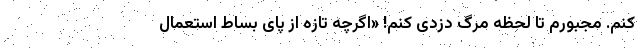
کنم. مجبورم تا لحظه مرگ دزدی کنم! «اگرچه تازه از پای بساط استعمال